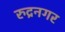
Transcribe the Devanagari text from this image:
रुद्रनगर